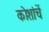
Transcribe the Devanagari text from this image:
कोशांचें